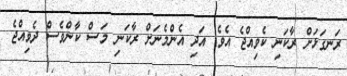
ރަނގަޅަށް ރާކަނި ކެވިއްޖެ އެވެ. އަދި އެންމެނަށް ރާކަނި މަސް ކާންވެސް ދެވިއްޖެ